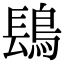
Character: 𬷔